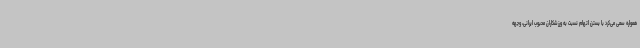
همواره سعی می‌کرد با بستن اتهام نسبت به ورزشکاران محبوب ایرانی، وجهه‌